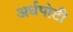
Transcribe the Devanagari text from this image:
अर्धपोटी